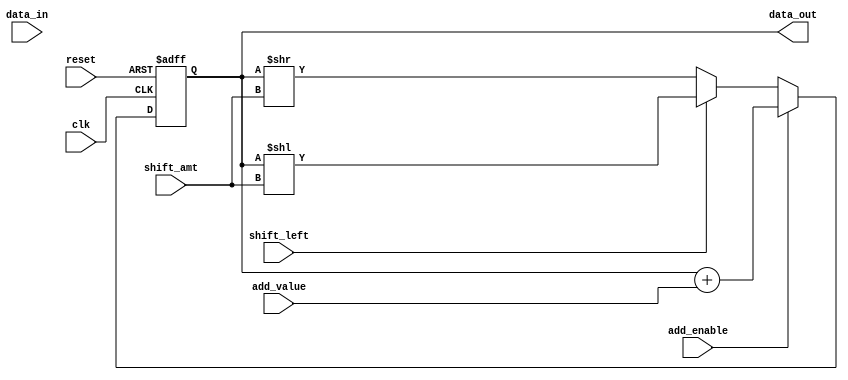
module ShiftAddReg(
    input wire clk,
    input wire reset,
    input wire shift_left,
    input wire [2:0] shift_amt,
    input wire [7:0] data_in,
    input wire add_enable,
    input wire [7:0] add_value,
    output reg [7:0] data_out
);

reg [7:0] reg_data;

always @(posedge clk or posedge reset) begin
    if (reset) begin
        reg_data <= 8'b0;
    end else begin
        if (shift_left) begin
            reg_data <= reg_data << shift_amt;
        end else begin
            reg_data <= reg_data >> shift_amt;
        end
        
        if (add_enable) begin
            reg_data <= reg_data + add_value;
        end
    end
end

assign data_out = reg_data;

endmodule